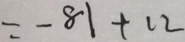
= - 8 1 + 1 2